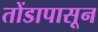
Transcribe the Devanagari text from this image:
तोंडापासून